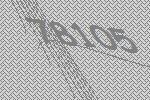
78105